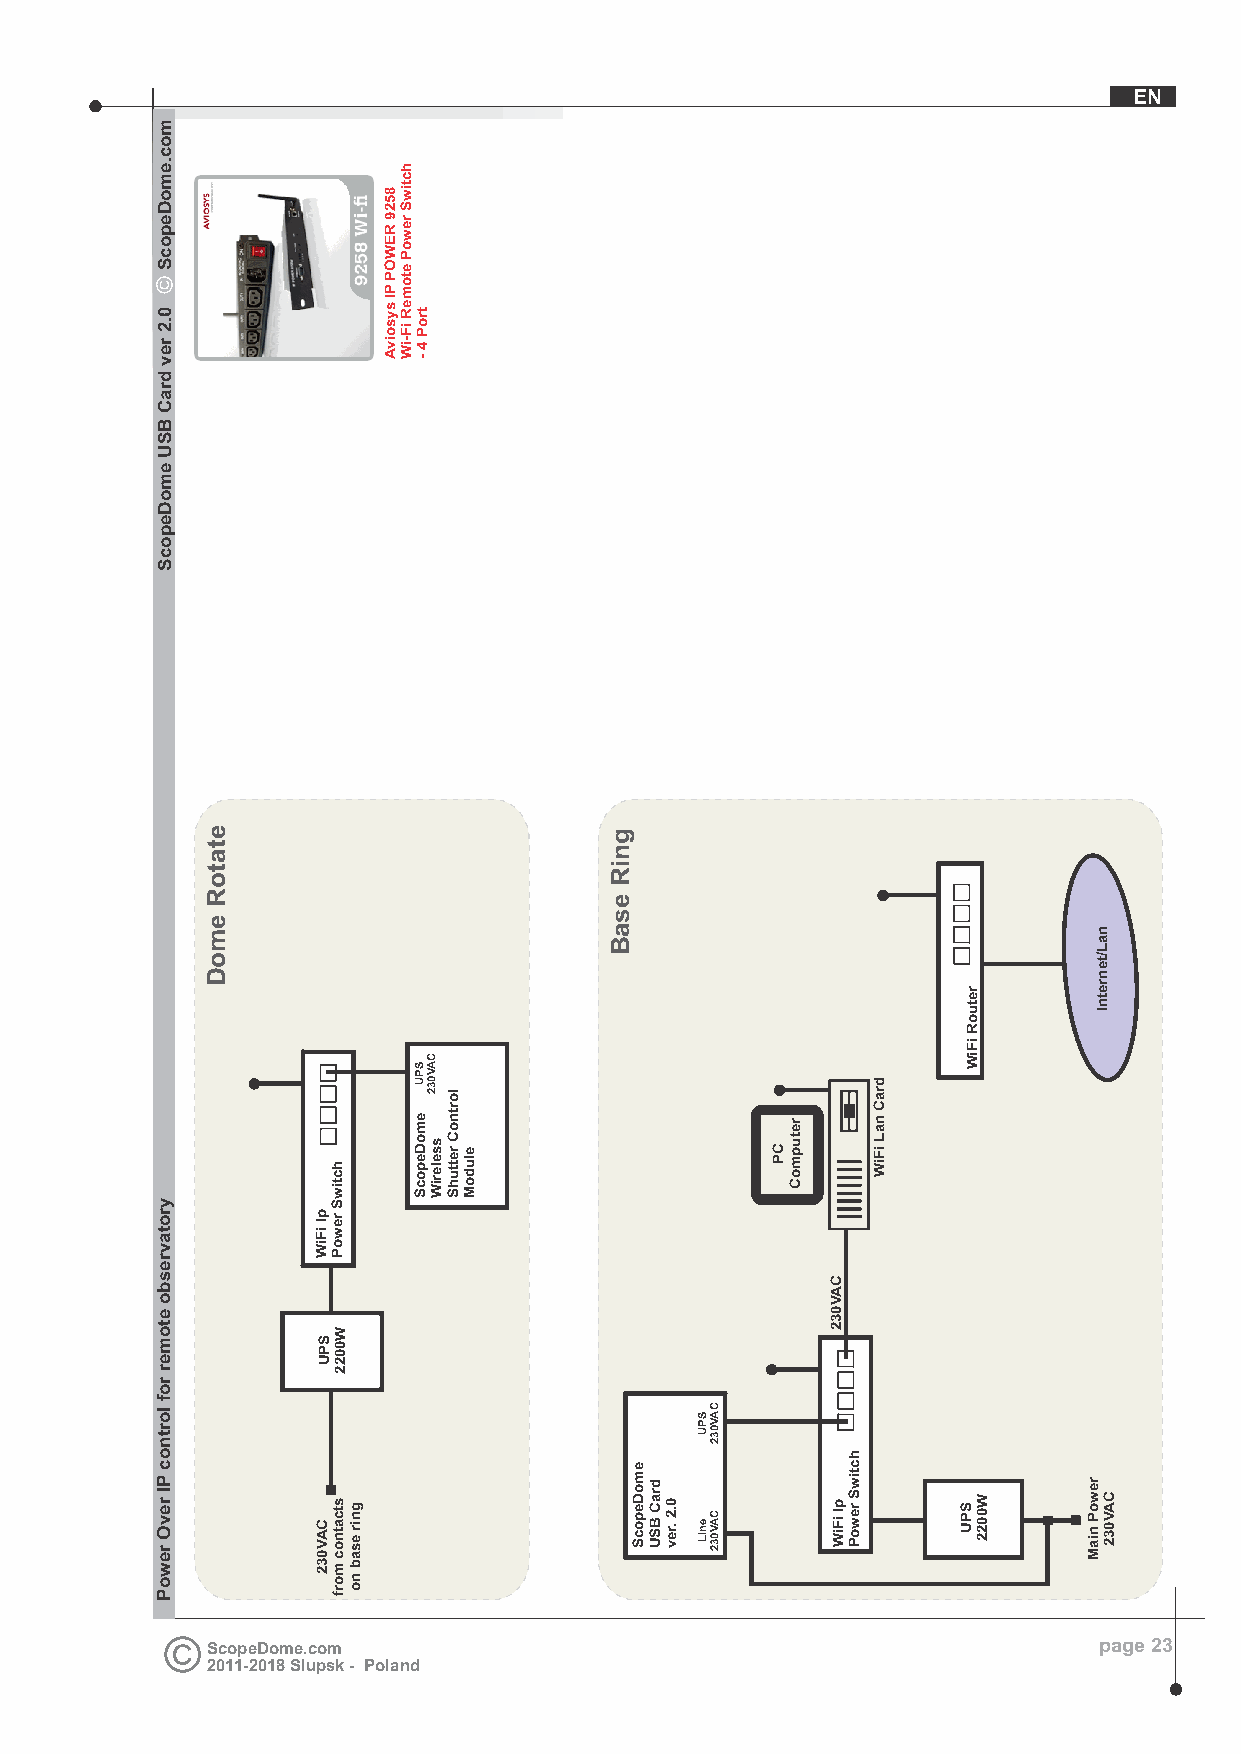
EN
 ScopeDome.com                                              page 23
 2011-2018 Slupsk - Poland
 moc.emoDepocS
 0.2
 rev
 draC
 BSU
 emoDepocS
 yrotavresbo
 etomer
 rof
 lortnoc
 PI
 revO
 rewoP
 etatoR
 emoD
 pI
 iFiW
 SPU
 CAV032
 hctiwS
 rewoP
 W0022
 stcatnoc
 morf
 gnir
 esab
 no
 8529
 REWOP
 PI
 sysoivA
 hctiwS
 rewoP
 etomeR
 iF-iW
 troP
 4
 -
 SPU
 emoDepocS
 CAV032
 sseleriW
 lortnoC
 rettuhS eludoM
 gniR
 esaB
 emoDepocS
 draC
 BSU
 0.2
 .rev
 SPU
 eniL
 CAV032
 CAV032
 CP
 retupmoC
 CAV032
 pI
 iFiW
 hctiwS
 rewoP
 draC
 naL
 iFiW
 retuoR
 iFiW
 SPU W0022
 rewoP
 niaM
 naL/tenretnI
 CAV032